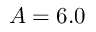
A = 6 . 0